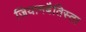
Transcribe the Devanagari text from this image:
जियामबैतिस्ता